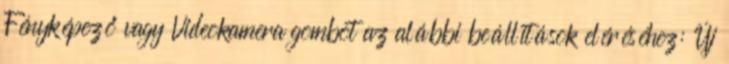
Fényképező vagy Videokamera gombot az alábbi beállítások eléréséhez: Új